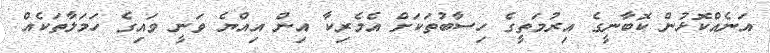
އަނެއްކޮޅުން ކޮބާނީގެ އިރުމަތީގެ ހިސާބުތަކަށް އެމެރިކާ އިން އިއްޔެ ވަނީ ވައިގެ ހަމަލާތަކެއް